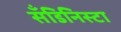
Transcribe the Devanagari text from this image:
सँडिनिस्टा